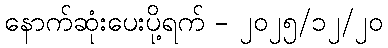
နောက်ဆုံးပေးပို့ရက် - ၂၀၂၅/၁၂/၂၀